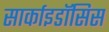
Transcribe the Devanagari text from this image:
सार्काइडॉसिस